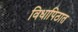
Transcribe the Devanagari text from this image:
विधापिठात